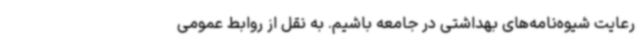
رعایت شیوه‌نامه‌های بهداشتی در جامعه باشیم. به نقل از روابط عمومی